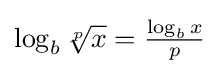
{\textstyle \log _{b}{\sqrt[{p}]{x}}={\frac {\log _{b}x}{p}}}